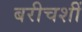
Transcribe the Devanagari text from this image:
बरीचशीं